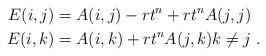
LaTeX: \begin{align*}E(i,j) &= A(i,j) - rt^n + rt^n A(j,j) \\E(i,k) &= A(i,k) + rt^n A(j,k) k\neq j \ .\end{align*}